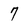
Character: 7